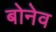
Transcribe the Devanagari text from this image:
बोनेव